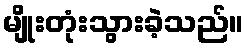
မျိုးတုံးသွားခဲ့သည်။